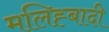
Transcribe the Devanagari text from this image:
मलिह्बादी